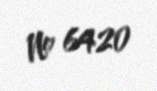
№ 6420